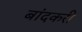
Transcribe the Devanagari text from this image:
बांदकरी